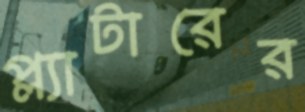
প্ল্যাটারের